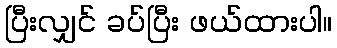
ပြီးလျှင် ခပ်ပြီး ဖယ်ထားပါ။